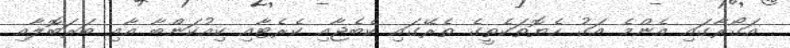
އަގޯރާގައި އެންމެ އަގު ހެޔޮތަކެތީގެ ތެރޭގައި ކެބެޖާއި ކެރެޓާއި ކިއުކަންބާ އާއި ބަރަބޮލާއި